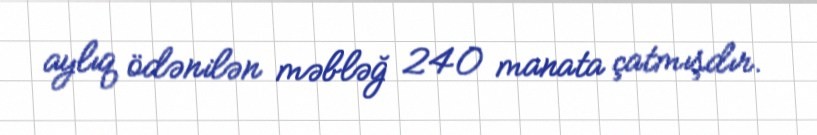
aylıq ödənilən məbləğ 240 manata çatmışdır.